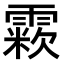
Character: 𩄶